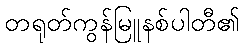
တရုတ်ကွန်မြူနစ်ပါတီ၏